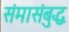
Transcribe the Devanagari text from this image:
संमासंबुद्ध